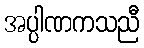
အပ္ပါဏကသညီ